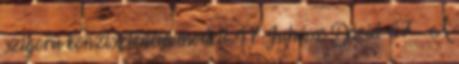
szigorú konzisztencia modell 47 Juhász Dávid 47 A